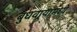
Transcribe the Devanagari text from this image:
बुधवार्‍यामध्ये